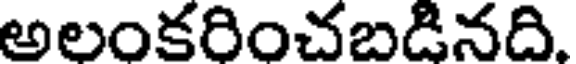
అలంకరించబడినది.